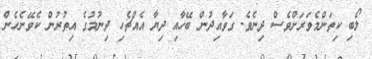
ލޯބި ކިތަންމެވަރަށްވެސް ދިނެވެ. ގަވާއިދުން ބޭހާއި ދިޔާ އެއްޗެހި ދިނުމުގެ އިތުރުން ކެވޭނެހެން